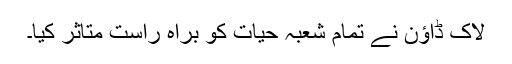
لاک ڈاؤن نے تمام شعبہ حیات کو براہ راست متاثر کیا۔